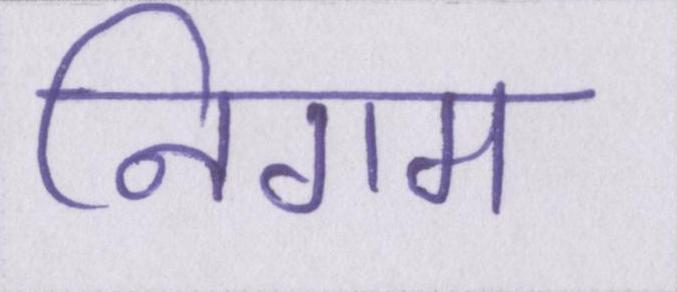
निगम